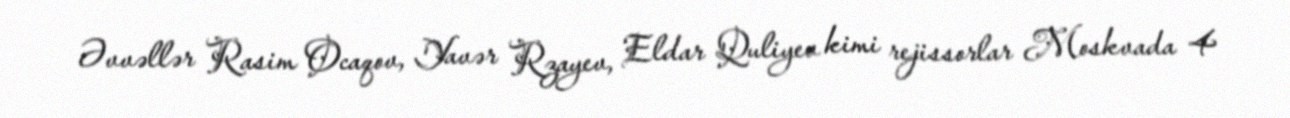
Əvvəllər Rasim Ocaqov, Yavər Rzayev, Eldar Quliyev kimi rejissorlar Moskvada 4